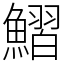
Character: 鰼